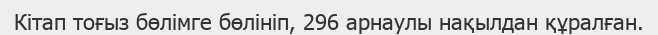
Кітап тоғыз бөлімге бөлініп, 296 арнаулы нақылдан құралған.